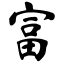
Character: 富